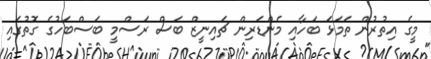
މީގެ އިތުރުން ތަމަޅަ ބަހާއި މެންޑަރިން ޗައިނީޒް ބަސް ރަސްމީ ބަސްބަހުގެ ގޮތުގައި